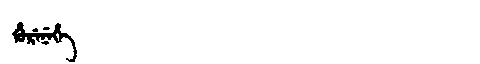
Manchu: ᡥᡠᡵᡝᠨᡝᡥᡝ
Romanization: HURENEHE